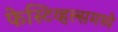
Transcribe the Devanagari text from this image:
फेस्टिव्हल्समध्ये